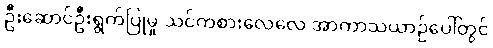
ဦးဆောင်ဦးရွက်ပြုမှု သင်ကစားလေလေ အာကာသယာဉ်ပေါ်တွင်